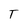
Character: T